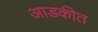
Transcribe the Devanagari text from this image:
आडकीत